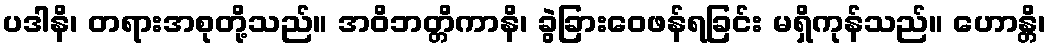
ပဒါနိ၊ တရားအစုတို့သည်။ အဝိဘတ္တိကာနိ၊ ခွဲခြားဝေဖန်ရခြင်း မရှိကုန်သည်။ ဟောန္တိ၊